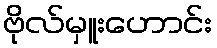
ဗိုလ်မှူးဟောင်း